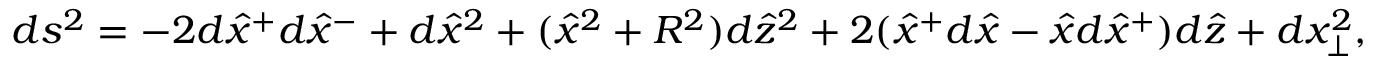
d s ^ { 2 } = - 2 d \hat { x } ^ { + } d \hat { x } ^ { - } + d \hat { x } ^ { 2 } + ( \hat { x } ^ { 2 } + R ^ { 2 } ) d \hat { z } ^ { 2 } + 2 ( \hat { x } ^ { + } d \hat { x } - \hat { x } d \hat { x } ^ { + } ) d \hat { z } + d x _ { \perp } ^ { 2 } ,